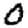
Digit: 0